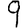
Digit: 9